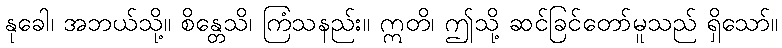
နုခေါ၊ အဘယ်သို့။ စိန္တေသိ၊ ကြံသနည်း။ ဣတိ၊ ဤသို့ ဆင်ခြင်တော်မူသည် ရှိသော်။